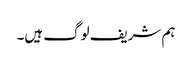
ہم شریف لوگ ہیں۔